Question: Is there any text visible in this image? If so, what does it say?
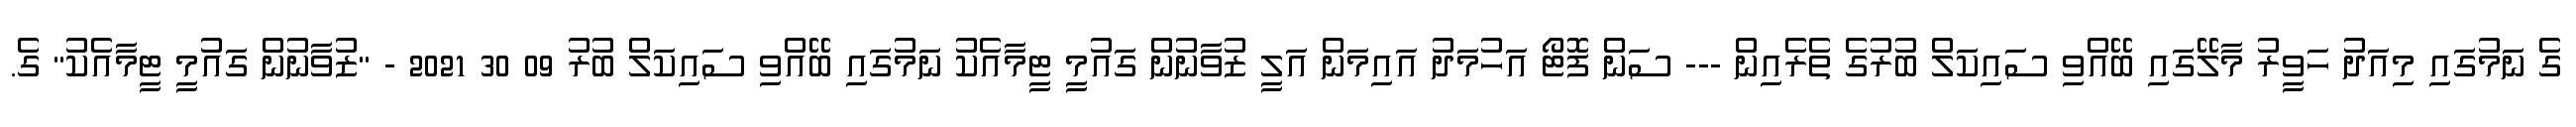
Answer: ގެ ނަމުގައި މިއަދު ހަވީރު މާލޭގައި ބޭއްވި ސައިކަލް ބުރުގެ ތެރެއިން --- ސަން ފޮޓޯ އަހުމަދު އައިމަން އަލީ ޒުވާނުން ގައުމީ ޓީމާއެކު ނަމުގައި ބޭއްވި ސައިކަލް ބުރު 09 30 2021 - "ޒުވާނުން ގައުމީ ޓީމާއެކު" ގެ.